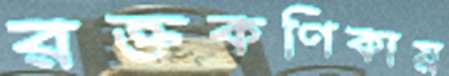
রক্তকণিকায়